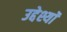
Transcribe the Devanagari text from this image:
उद्देश्यॉ